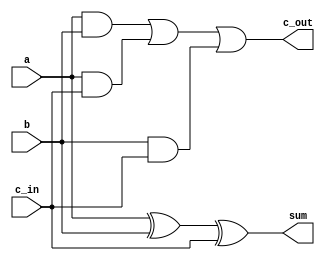
module full_adder_1bit(c_out, sum, a, b, c_in);

output sum, c_out;
input a, b, c_in;

assign sum = a ^ b ^ c_in;
assign c_out = (a & b) | (a & c_in) | (b & c_in);

endmodule